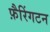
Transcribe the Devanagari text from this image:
फ़ैरिंगटन